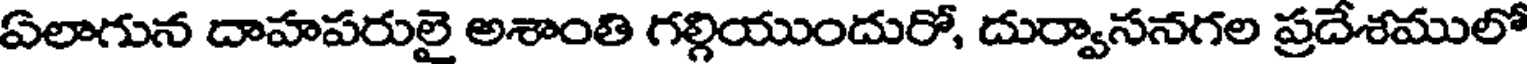
ఏలాగున దాహపరులై అశాంతి గల్గియుందురో, దుర్వాసనగల ప్రదేశములో